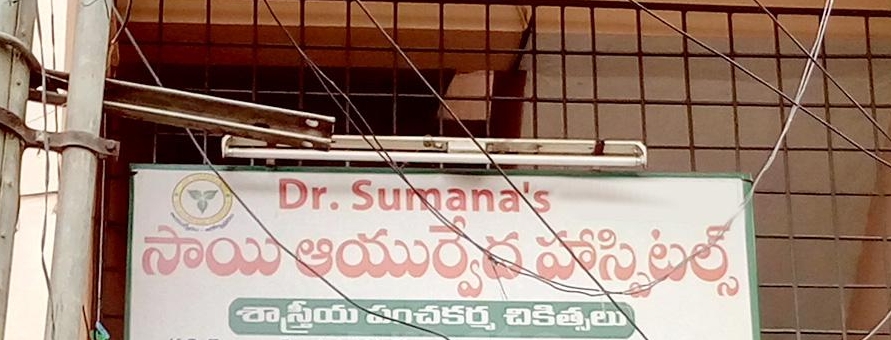
Language: telugu
Transcription: సాయి హాస్పిటల్స్ శాస్త్రీయ చికిత్సలు పంచకర్మ